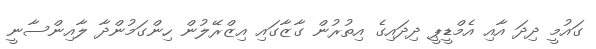
ގައުމީ ދިދަ އާއި އެމްޑީޕީ ދިދައިގެ އިތުރުން ގާޒާގައި އިޒްރޭލުން ހިންގަމުންދާ ލާއިންސާނީ